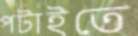
পটাইতে